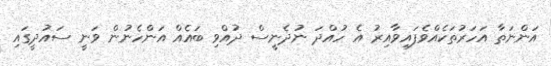
އަންނަތާ އަހަރުތަކެއްވެފައިވާއިރު އެ ހުއްދަ ނުދެނީސް ދުއްވި ބައެއް އަންހެނުން ވަނީ ސައުދީގައި